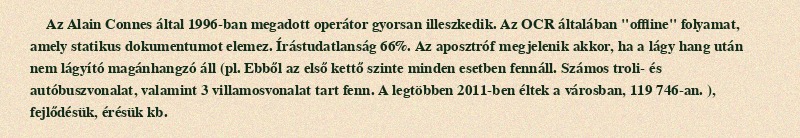
Az Alain Connes által 1996-ban megadott operátor gyorsan illeszkedik. Az OCR általában "offline" folyamat, amely statikus dokumentumot elemez. Írástudatlanság 66%. Az aposztróf megjelenik akkor, ha a lágy hang után nem lágyító magánhangzó áll (pl. Ebből az első kettő szinte minden esetben fennáll. Számos troli- és autóbuszvonalat, valamint 3 villamosvonalat tart fenn. A legtöbben 2011-ben éltek a városban, 119 746-an. ), fejlődésük, érésük kb.